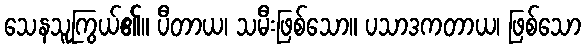
သေနသူကြွယ်၏။ ပီတာယ၊ သမီးဖြစ်သော။ ပသာဒကတာယ၊ ဖြစ်သော